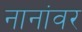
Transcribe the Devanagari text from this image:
नानांवर